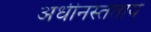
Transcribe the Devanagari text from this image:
अधीनस्ततायें